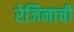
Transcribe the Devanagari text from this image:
रेजिनाची